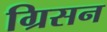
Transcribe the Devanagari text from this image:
ग्रिसन